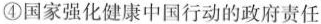
④国家强化健康中国行动的政府责任